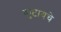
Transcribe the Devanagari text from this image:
कुटायचे